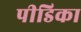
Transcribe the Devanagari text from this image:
पीडिका